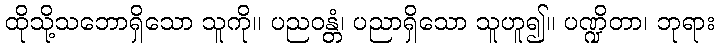
ထိုသို့သဘောရှိသော သူကို။ ပညဝန္တံ၊ ပညာရှိသော သူဟူ၍။ ပဏ္ဍိတာ၊ ဘုရား